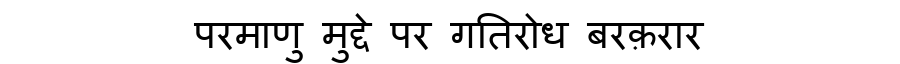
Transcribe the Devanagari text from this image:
परमाणु मुद्दे पर गतिरोध बरक़रार